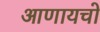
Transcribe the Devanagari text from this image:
आणायचो